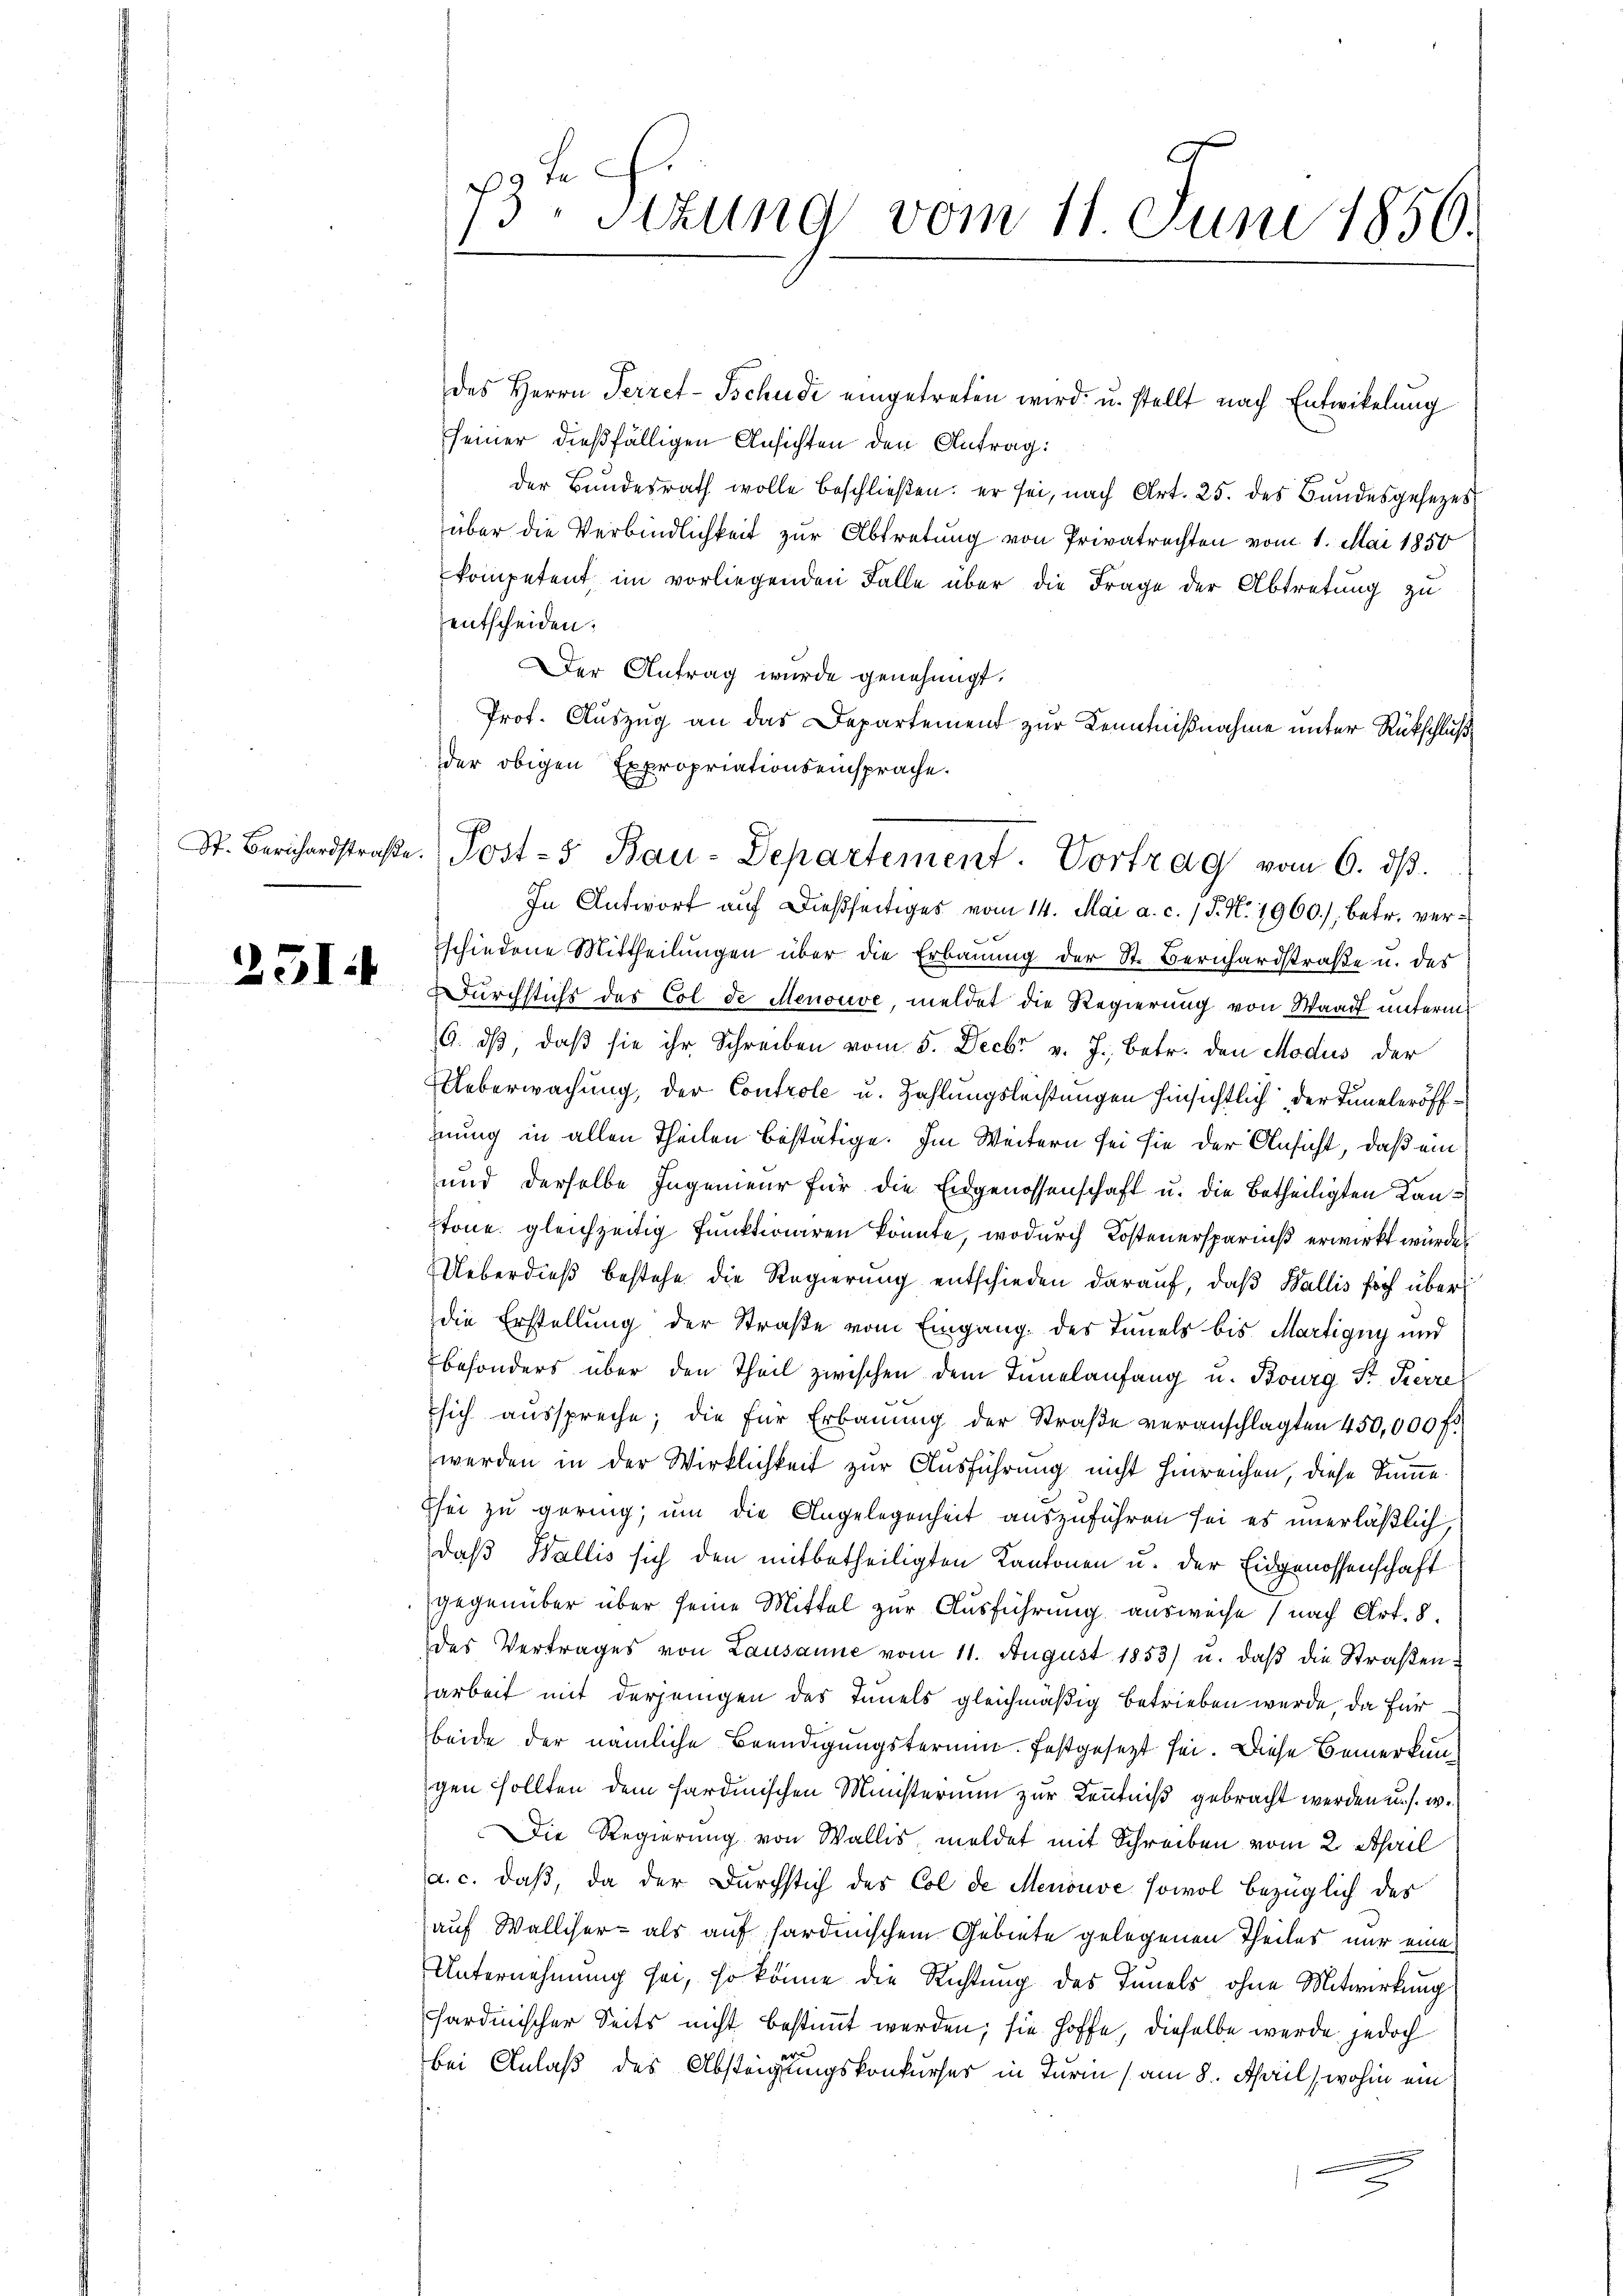
St. Berichardstraße

251

J S
73. Sitzung vom 11 Juni 1850.

. Post-5 Bau-Departement. Vortrag vom 6. dβ.

des Herrn Perret-Tschudi eingetreten wird u. stellt nach Entwickelung
seiner dießfälligen Ansichten den Antrag:
der Bundesrath wolle beschließen; er sei, nach Art. 25. des Bundesgesezes
über die Verbindlichkeit zur Abtretung von Privatrechten vom 1. Mai 1850
kompetent im vorliegenden Falle über die Frage der Abtretung zu
entscheiden:
Der Antrag wurde genehmigt.
Prof. Auszug an das Departemend zur Kenntnißnahme unter Rückschluß
der obigen Expropriationseinsprache.
In Antwort auf dießseitiges vom 14. Mai a. c. 1 P. N. 1960), betr. verschiedene Mittheilungen über die Erbauung der St. Berichardstraße u. des
Durchstichs des Col de Menouve, meldet die Regierung von Waadt unterm
6. dβ, daβ sie ihr Schreiben vom 5. Decbr v. J., betr. den Modus der
Ueberwachung, der Controle u. Zahlungsleistungen hinsichtlich der Tuneleröffhnung in allen Theilen bestätige. Im Weitern sei sie der Ansicht, daß ein
und derselbe Ingenieur für die Eidgenossenschaft u. die Betheiligten Kanstone gleichzeitig funktioniren könnte, wodurch Kostenersparniß erwirkt wurde.
Ueberdieß bestehe die Regierung entschieden darauf, daß Wallis fich überdie Erstellung der Straße vom Eingang des Tauels bis Martigny und
Ebesonders über den Theil zwischen dem Tunelanfang u. Bourg Sr. Kierre
sich ausspreche; die für Erbauung der Straβe veranschlagten 450,000 fl.
werden in der Wirklichkeit zur Ausführung nicht hinreichen, diese Summe
Esei zu gering, um die Angelegenheit auszuführen sei es unerläßlich,
daß Wallis sich den mitbetheiligten Kantonen u. der Eidgenossenschaft
gegenüber über seine Mittel zur Ausführung ausweise (nach Art. 8.
des Vertrages von Lausanne vom 11. August 1853) u. daβ die Straβen-
arbeit mit derjenigen des Innels gleichmäßig betrieben werde, da für
beide der nämliche Beendigungstermin. festgesetzt sei. Diese Bemerkung
gen sollten dem sardinischen Ministerium zur Kenntniß gebracht werden u. s. w.
Die Regierung von Wallis meldet mit Schreiben vom 2. April
a. c. daß, da der Durchstich des Col de Menouve sowol bezüglich des
auf Walliser- als auf hardinischem Gebiete gelegenen Theiles nur eine
Unternehmung sei, so könne die Richtung des Tunels ohne Mitwirkung
fardinischer Seits nicht bestimmt werden; sie hoffe, dieselbe werde jedoch
bei Anlaß des Absteigungskonkurser in Turin (am 8. April, wohin ein